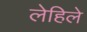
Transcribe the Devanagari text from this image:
लेहिले